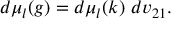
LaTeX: d \mu _ { l } ( g ) = d \mu _ { l } ( k ) ~ d v _ { 2 1 } .